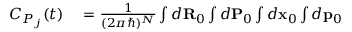
\begin{array} { r l } { C _ { P _ { j } } ( t ) } & { { } = \frac { 1 } { ( 2 \pi \hbar ) ^ { N } } \int d { \bf R } _ { 0 } \int d { \bf P } _ { 0 } \int d { \bf x } _ { 0 } \int d { \bf p } _ { 0 } } \end{array}